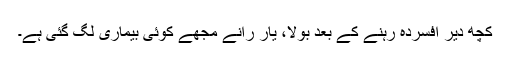
کچھ دیر افسردہ رہنے کے بعد بولا، یار رانے مجھے کوئی بیماری لگ گئی ہے۔